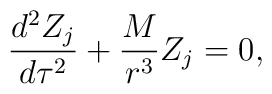
\frac{d^{2}Z_j}{d\tau ^2}+\frac M{r^3}Z_j=0,